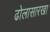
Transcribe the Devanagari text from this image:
ढोलासारखा